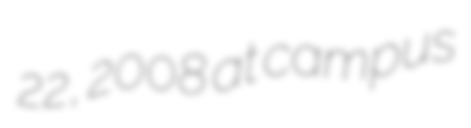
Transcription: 22, 2008 at campus